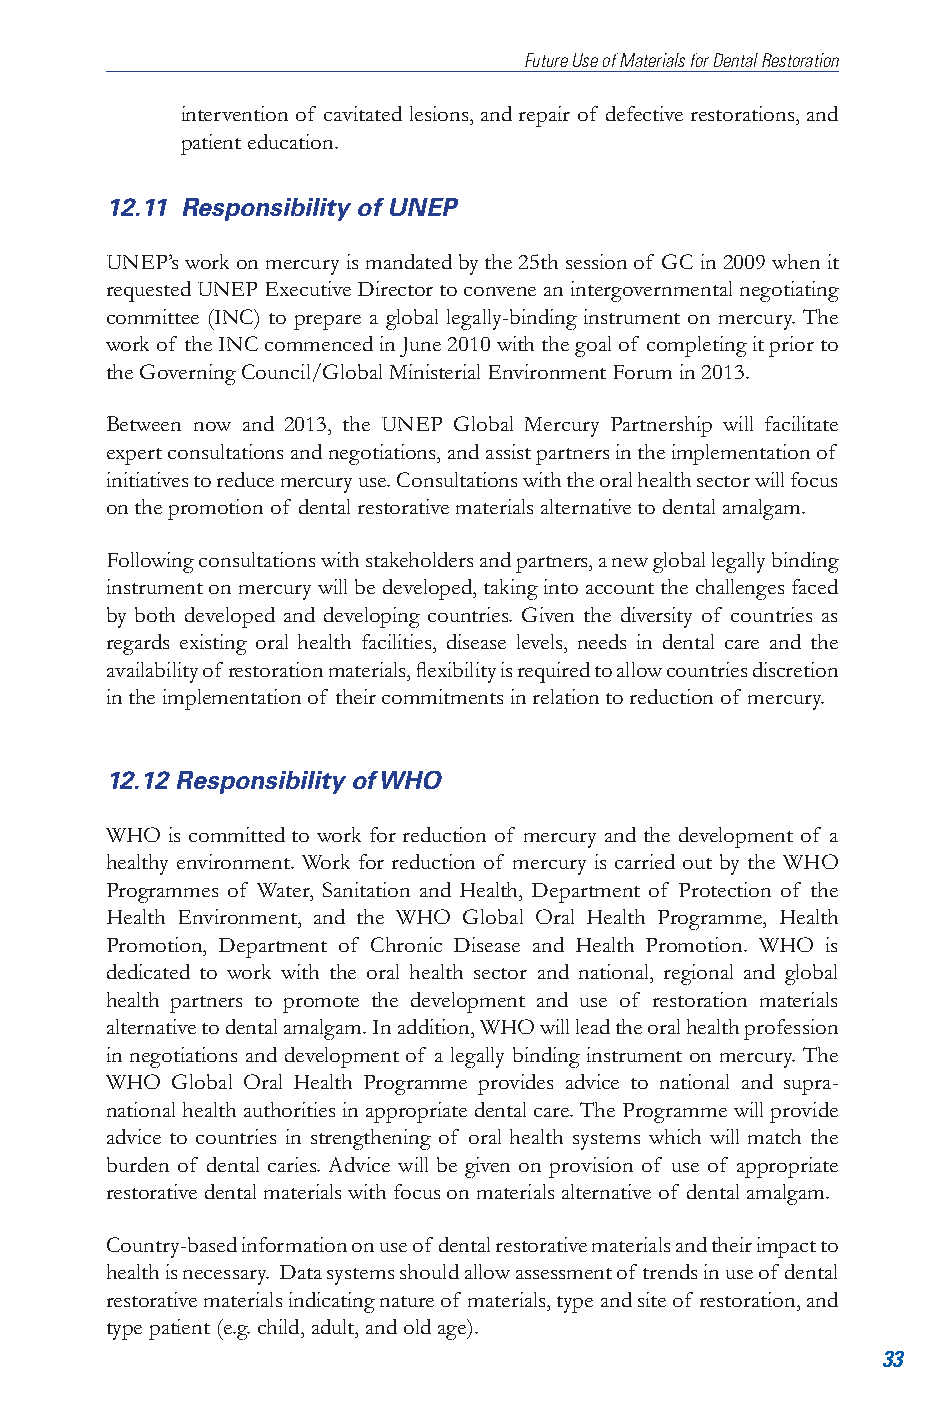
Future Use of Materials for Dental Restoration
 intervention of cavitated lesions, and repair of defective restorations, and
 patient education.
 12.11 Responsibility of UNEP
 UNEP’s work on mercury is mandated by the 25th session of GC in 2009 when it
 requested UNEP Executive Director to convene an intergovernmental negotiating
 committee (INC) to prepare a global legally-binding instrument on mercury. The
 work of the INC commenced in June 2010 with the goal of completing it prior to
 the Governing Council/Global Ministerial Environment Forum in 2013.
 Between now and 2013, the UNEP Global Mercury Partnership will facilitate
 expert consultations and negotiations, and assist partners in the implementation of
 initiatives to reduce mercury use. Consultations with the oral health sector will focus
 on the promotion of dental restorative materials alternative to dental amalgam.
 Following consultations with stakeholders and partners, a new global legally binding
 instrument on mercury will be developed, taking into account the challenges faced
 by both developed and developing countries. Given the diversity of countries as
 regards existing oral health facilities, disease levels, needs in dental care and the
 availability of restoration materials, flexibility is required to allow countries discretion
 in the implementation of their commitments in relation to reduction of mercury.
 12.12 Responsibility of WHO
 WHO is committed to work for reduction of mercury and the development of a
 healthy environment. Work for reduction of mercury is carried out by the WHO
 Programmes of Water, Sanitation and Health, Department of Protection of the
 Health Environment, and the WHO Global Oral Health Programme, Health
 Promotion, Department of Chronic Disease and Health Promotion. WHO is
 dedicated to work with the oral health sector and national, regional and global
 health partners to promote the development and use of restoration materials
 alternative to dental amalgam. In addition, WHO will lead the oral health profession
 in negotiations and development of a legally binding instrument on mercury. The
 WHO Global Oral Health Programme provides advice to national and supra-
 national health authorities in appropriate dental care. The Programme will provide
 advice to countries in strengthening of oral health systems which will match the
 burden of dental caries. Advice will be given on provision of use of appropriate
 restorative dental materials with focus on materials alternative of dental amalgam.
 Country-based information on use of dental restorative materials and their impact to
 health is necessary. Data systems should allow assessment of trends in use of dental
 restorative materials indicating nature of materials, type and site of restoration, and
 type patient (e.g. child, adult, and old age).
 33